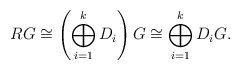
\begin{align*}RG \cong \left( \bigoplus_{i=1}^{k}D_i \right) G\cong \bigoplus_{i=1}^{k}D_iG.\end{align*}